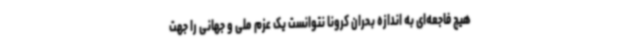
هیچ فاجعه‌ای به اندازه بحران کرونا نتوانست یک عزم ملی و جهانی را جهت